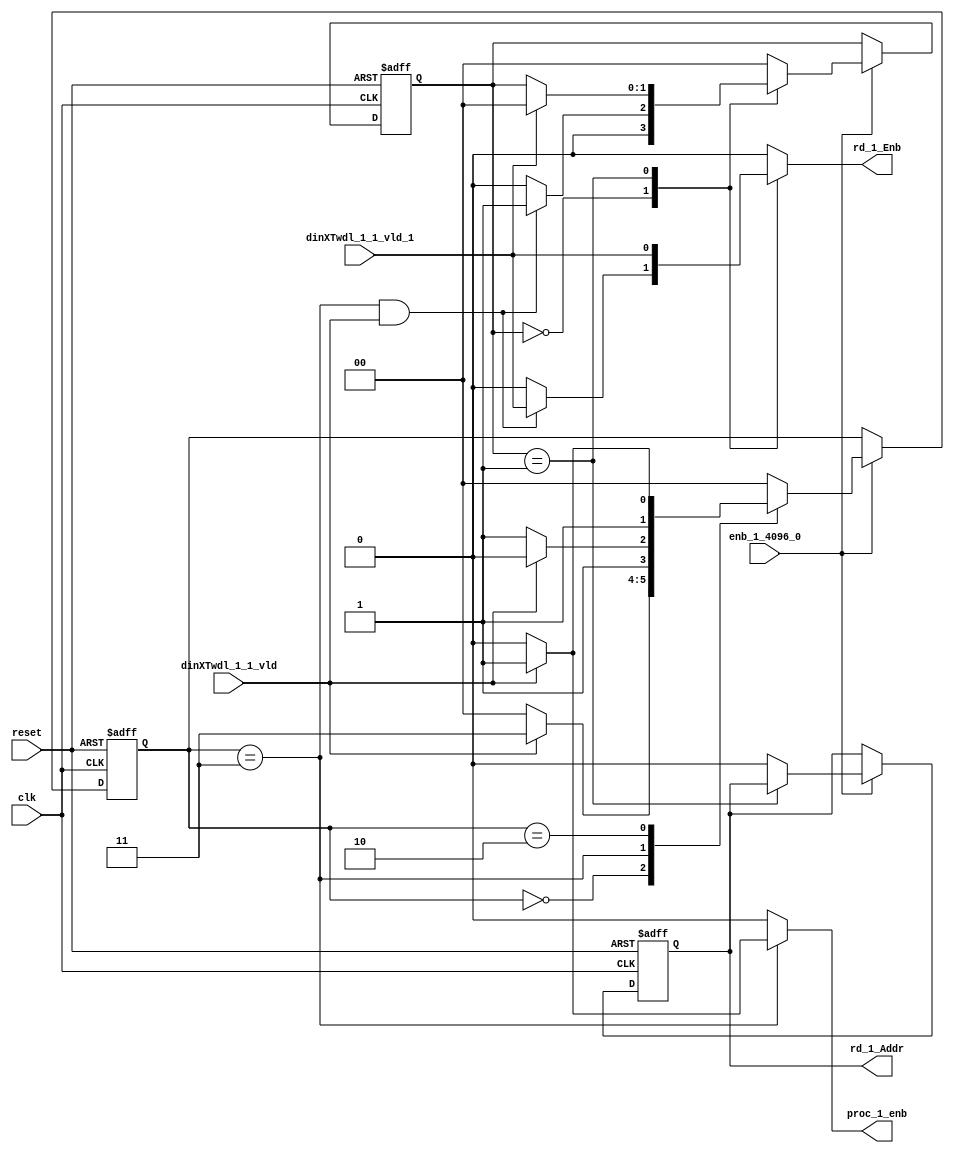
// -------------------------------------------------------------
// 
// 
// Generated by MATLAB 9.14 and HDL Coder 4.1
// 
// -------------------------------------------------------------


// -------------------------------------------------------------
// 
// Module: RADIX22FFT_CTRL1_1
// Source Path: dsphdl.IFFT/RADIX22FFT_CTRL1_1
// Hierarchy Level: 4
// 
// -------------------------------------------------------------

`timescale 1 ns / 1 ns

module RADIX22FFT_CTRL1_1
          (clk,
           reset,
           enb_1_4096_0,
           dinXTwdl_1_1_vld,
           dinXTwdl_1_1_vld_1,
           rd_1_Addr,
           rd_1_Enb,
           proc_1_enb);


  input   clk;
  input   reset;
  input   enb_1_4096_0;
  input   dinXTwdl_1_1_vld;
  input   dinXTwdl_1_1_vld_1;
  output  rd_1_Addr;
  output  rd_1_Enb;
  output  proc_1_enb;


  reg [1:0] SDFController_wrState;  // ufix2
  reg [1:0] SDFController_rdState;  // ufix2
  reg  SDFController_rdAddr_reg;  // ufix1
  reg [1:0] SDFController_multjState;  // ufix2
  reg [1:0] SDFController_wrState_next;  // ufix2
  reg [1:0] SDFController_rdState_next;  // ufix2
  reg  SDFController_rdAddr_reg_next;  // ufix1
  reg [1:0] SDFController_multjState_next;  // ufix2
  reg  rd_1_Addr_1;
  reg  rd_1_Enb_1;
  reg  proc_1_enb_1;
  reg  multiply_1_J;


  // SDFController
  always @(posedge clk or posedge reset)
    begin : SDFController_process
      if (reset == 1'b1) begin
        SDFController_rdAddr_reg <= 1'b0;
        SDFController_wrState <= 2'b00;
        SDFController_rdState <= 2'b00;
        SDFController_multjState <= 2'b00;
      end
      else begin
        if (enb_1_4096_0) begin
          SDFController_wrState <= SDFController_wrState_next;
          SDFController_rdState <= SDFController_rdState_next;
          SDFController_rdAddr_reg <= SDFController_rdAddr_reg_next;
          SDFController_multjState <= SDFController_multjState_next;
        end
      end
    end

  always @(SDFController_multjState, SDFController_rdAddr_reg, SDFController_rdState,
       SDFController_wrState, dinXTwdl_1_1_vld, dinXTwdl_1_1_vld_1) begin
    SDFController_rdState_next = SDFController_rdState;
    SDFController_rdAddr_reg_next = SDFController_rdAddr_reg;
    SDFController_multjState_next = SDFController_multjState;
    case ( SDFController_multjState)
      2'b00 :
        begin
          SDFController_multjState_next = 2'b00;
          multiply_1_J = 1'b0;
          if (SDFController_rdState == 2'b01) begin
            SDFController_multjState_next = 2'b01;
          end
        end
      2'b01 :
        begin
          multiply_1_J = 1'b0;
          if (SDFController_rdState == 2'b00) begin
            SDFController_multjState_next = 2'b10;
          end
        end
      2'b10 :
        begin
          multiply_1_J = 1'b0;
          SDFController_multjState_next = 2'b11;
        end
      2'b11 :
        begin
          multiply_1_J = 1'b1;
          SDFController_multjState_next = 2'b00;
        end
      default :
        begin
          SDFController_multjState_next = 2'b00;
          multiply_1_J = 1'b0;
        end
    endcase
    case ( SDFController_rdState)
      2'b00 :
        begin
          SDFController_rdState_next = 2'b00;
          SDFController_rdAddr_reg_next = 1'b0;
          rd_1_Enb_1 = 1'b0;
          if ((SDFController_wrState == 2'b11) && dinXTwdl_1_1_vld) begin
            SDFController_rdState_next = 2'b01;
            rd_1_Enb_1 = dinXTwdl_1_1_vld_1;
          end
        end
      2'b01 :
        begin
          rd_1_Enb_1 = dinXTwdl_1_1_vld_1;
          if (dinXTwdl_1_1_vld_1) begin
            SDFController_rdState_next = 2'b00;
          end
        end
      default :
        begin
          SDFController_rdState_next = 2'b00;
          SDFController_rdAddr_reg_next = 1'b0;
          rd_1_Enb_1 = 1'b0;
        end
    endcase
    case ( SDFController_wrState)
      2'b00 :
        begin
          SDFController_wrState_next = 2'b00;
          proc_1_enb_1 = 1'b0;
          if (dinXTwdl_1_1_vld) begin
            SDFController_wrState_next = 2'b11;
          end
        end
      2'b11 :
        begin
          SDFController_wrState_next = 2'b11;
          proc_1_enb_1 = 1'b0;
          if (dinXTwdl_1_1_vld) begin
            SDFController_wrState_next = 2'b10;
            proc_1_enb_1 = 1'b1;
          end
        end
      2'b10 :
        begin
          proc_1_enb_1 = 1'b0;
          SDFController_wrState_next = 2'b10;
          if (dinXTwdl_1_1_vld) begin
            SDFController_wrState_next = 2'b11;
          end
        end
      default :
        begin
          SDFController_wrState_next = 2'b00;
          proc_1_enb_1 = 1'b0;
        end
    endcase
    rd_1_Addr_1 = SDFController_rdAddr_reg;
  end



  assign rd_1_Addr = rd_1_Addr_1;

  assign rd_1_Enb = rd_1_Enb_1;

  assign proc_1_enb = proc_1_enb_1;

endmodule  // RADIX22FFT_CTRL1_1